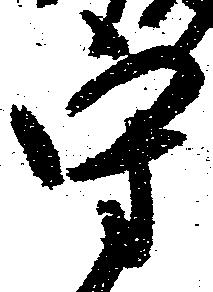
守